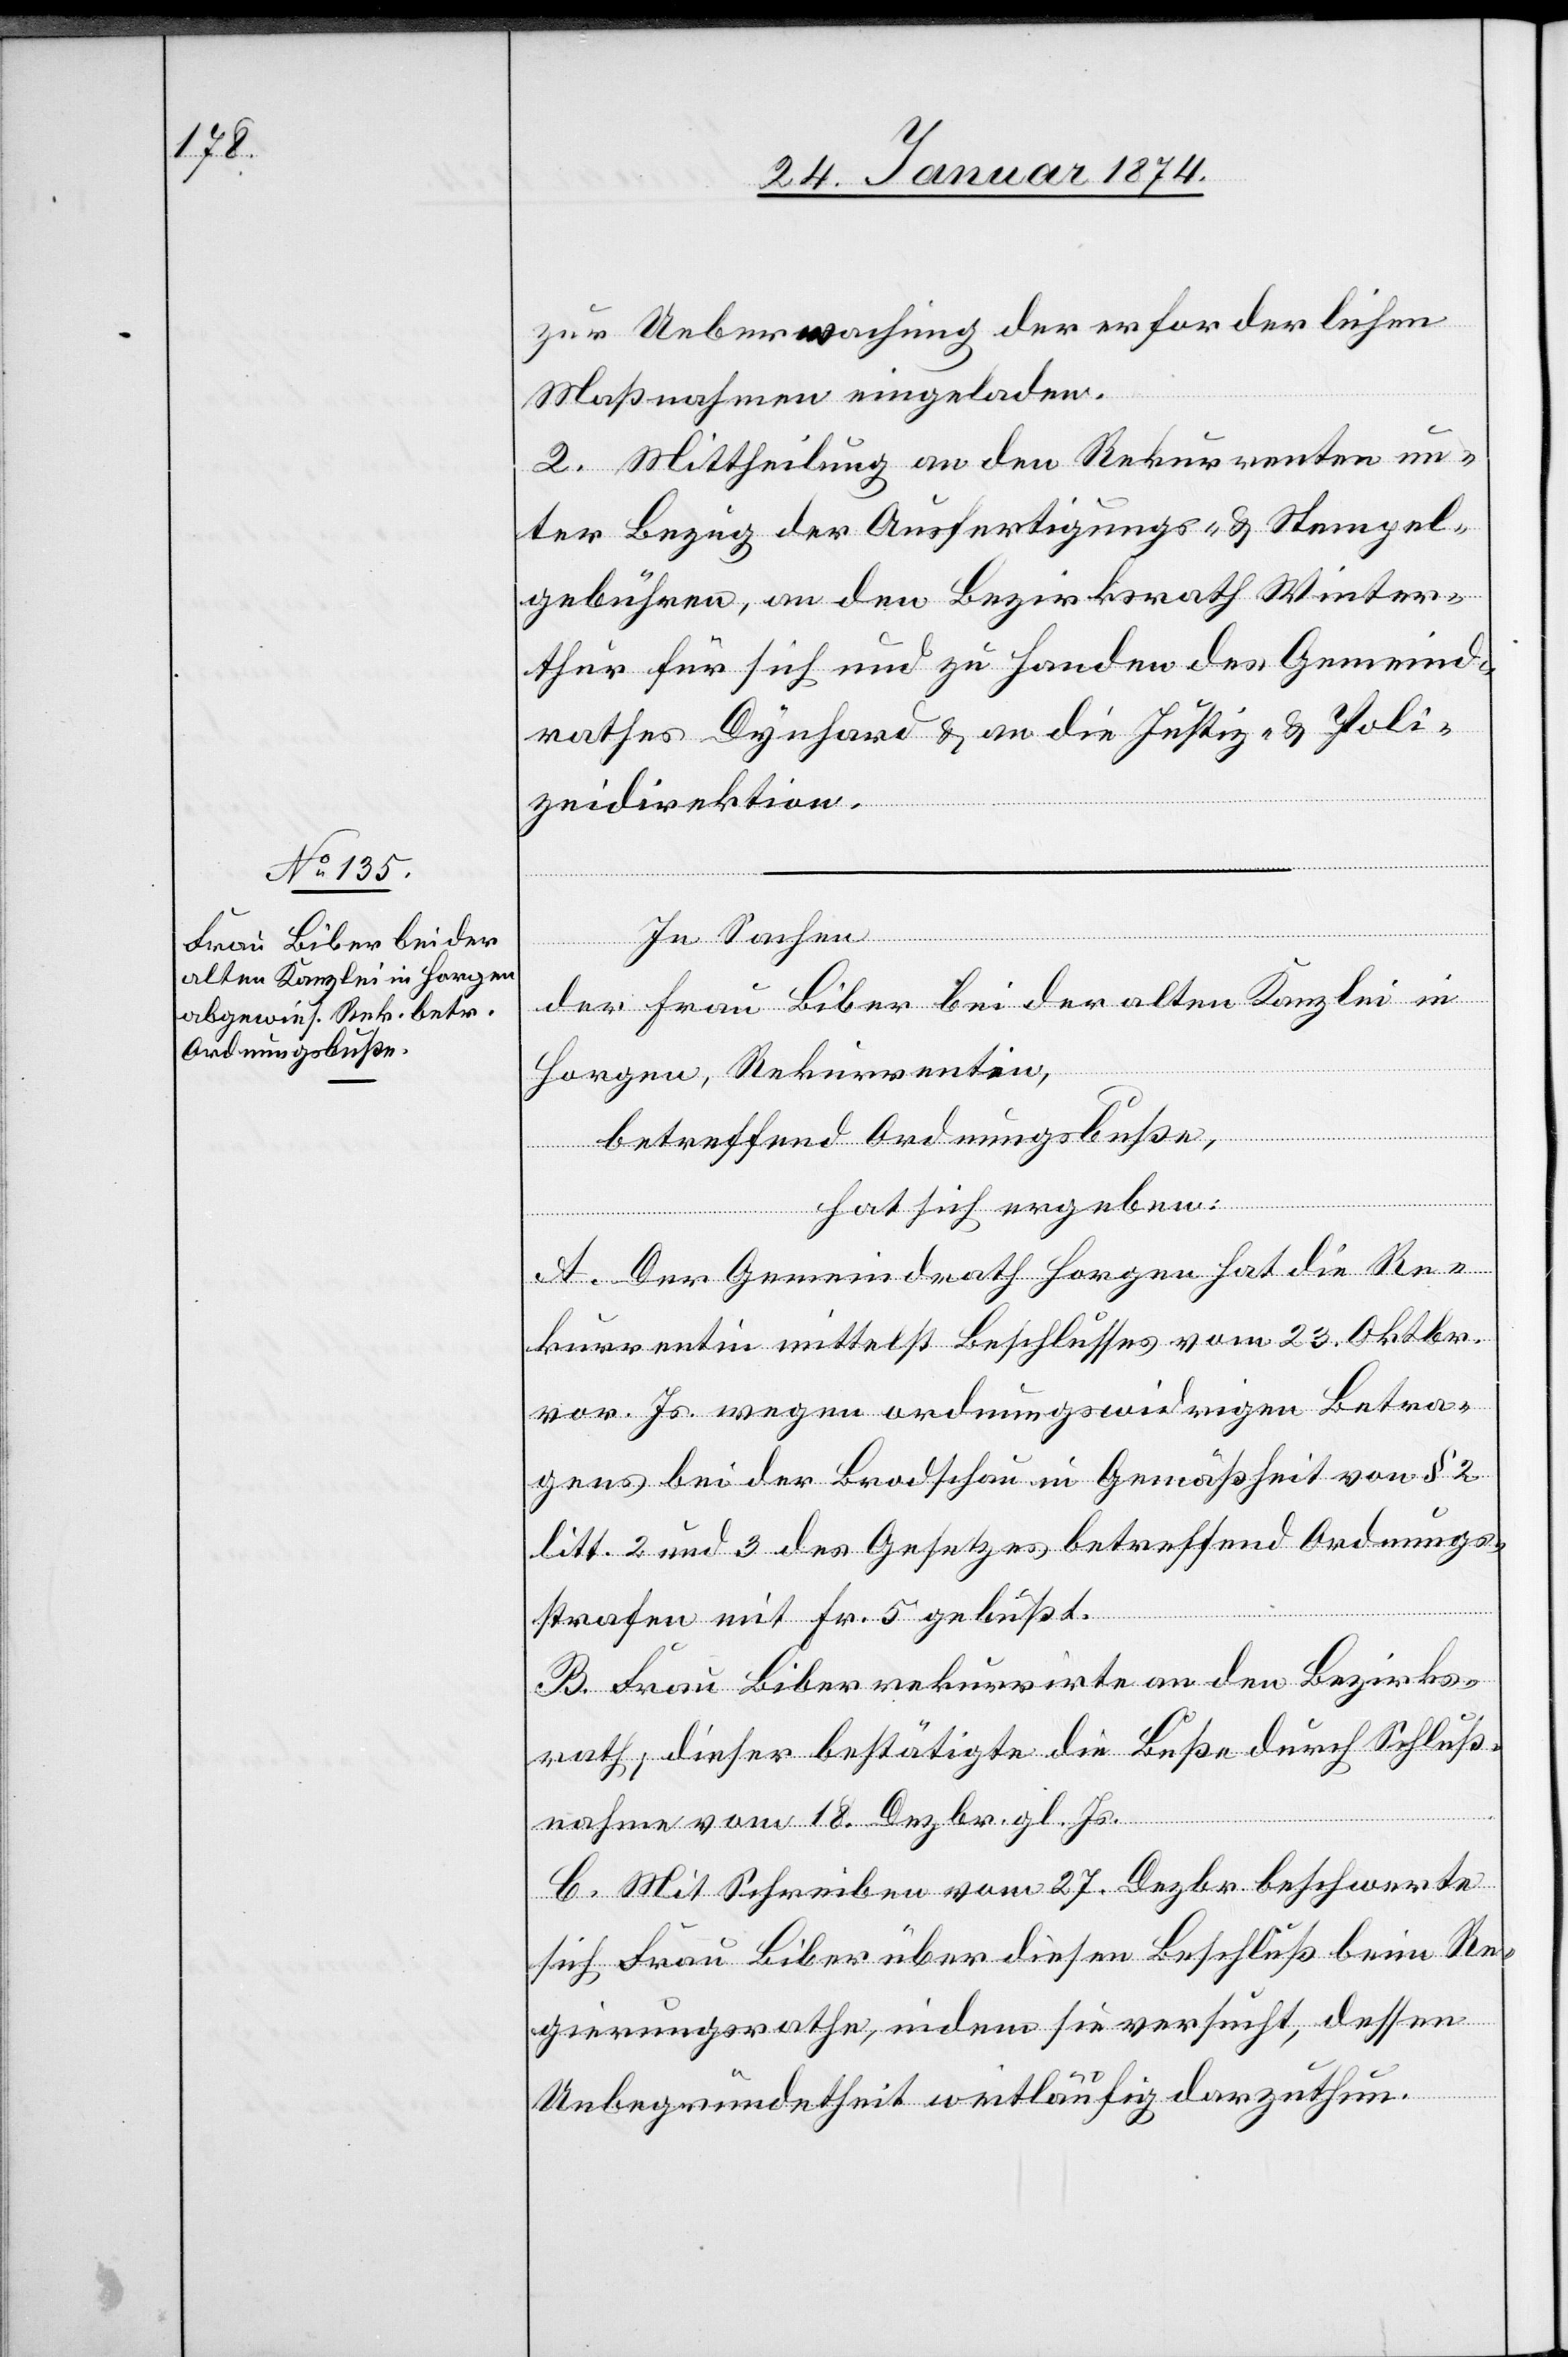
zur Uebermachung der erforderlichen
Maßnahmen eingeladen.
2. Mittheilung an den Rekurrenten un¬
ter Bezug der Ausfertigungs- & Stempel¬
gebühren, an den Bezirksrath Winter¬
thur für sich und zu Handen des Gemeind¬
rathes Dynhard & an die Justiz- Poli¬
zeidirektion.
In Sachen
der Frau Biber bei der alten Kanzlei in
Horgen, Rekurrentin,
betreffend Ordnungsbuße,
hat sich ergeben:
A. Der Gemeindrath Horgen hat die Re¬
kurrentin mittelst Beschlusses vom 23. Oktbr.
vor. Js. wegen ordnungswidrigen Betra¬
gens bei der Brodschau in Gemäßheit von § 2
litt. 2 und 3 des Gesetzes betreffend Ordnungs¬
strafen mit Fr. 5 gebüßt.
B. Frau Biber rekurrirte an den Bezirks¬
rath, dieser bestätigt die Buße durch Schluß¬
nahme vom 18. Dezbr. gl. Js.
C. Mit Schreiben vom 27. Dezbr. beschwerte
sich Frau Biber über diesen Beschluß beim Re¬
gierungsrathe, indem sie versucht, dessen
Unbegründetheit weitläufig darzuthun.